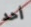
أحد